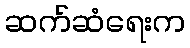
ဆက်ဆံရေးက